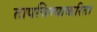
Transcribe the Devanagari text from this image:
तापविण्याकरिता